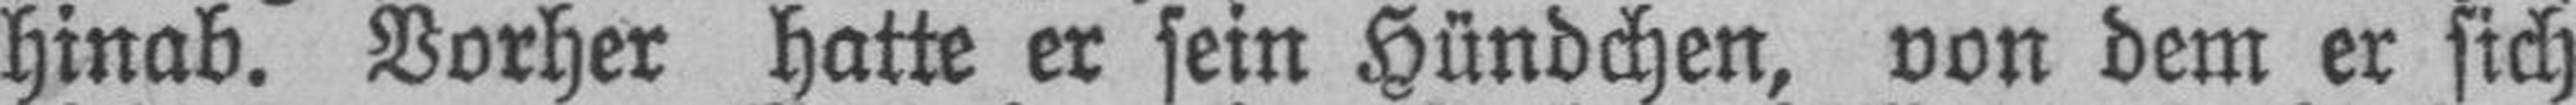
hinab. Vorher hatte er sein Hündchen, von dem er sich